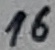
Text: 16